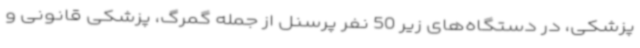
پزشکی، در دستگاه‌های زیر 50 نفر پرسنل از جمله گمرگ، پزشکی قانونی و